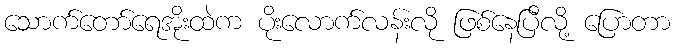
သောက်တော်ရေအိုးထဲက ပိုးလောက်လန်းလို ဖြစ်နေပြီလို့ ပြောတာ